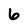
Character: 6